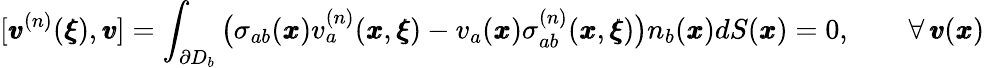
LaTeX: [{\pmb v}^{(n)}({\pmb\xi}),{\pmb v}]=\int_{\partial D_{b}}\big(\sigma_{ab}({\pmb x})v_{a}^{(n)}({\pmb x},{\pmb\xi})-v_{a}({\pmb x})\sigma_{ab}^{(n)}({\pmb x},{\pmb\xi})\big)n_{b}({\pmb x})dS({\pmb x})=0,\qquad{{\forall}\, {\pmb v}({\pmb x})}